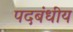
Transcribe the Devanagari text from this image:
पदबंधीय